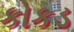
કોકડ